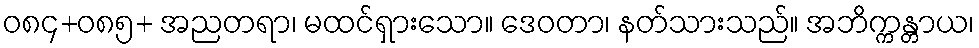
ဝ၈၄+၀၈၅+ အညတရာ၊ မထင်ရှားသော။ ဒေဝတာ၊ နတ်သားသည်။ အဘိက္ကန္တာယ၊